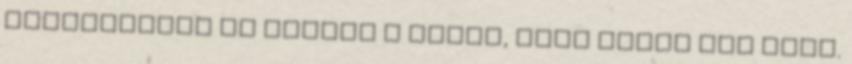
kivételesen én vagyok a ludas, hogy későn jön haza.